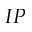
I P